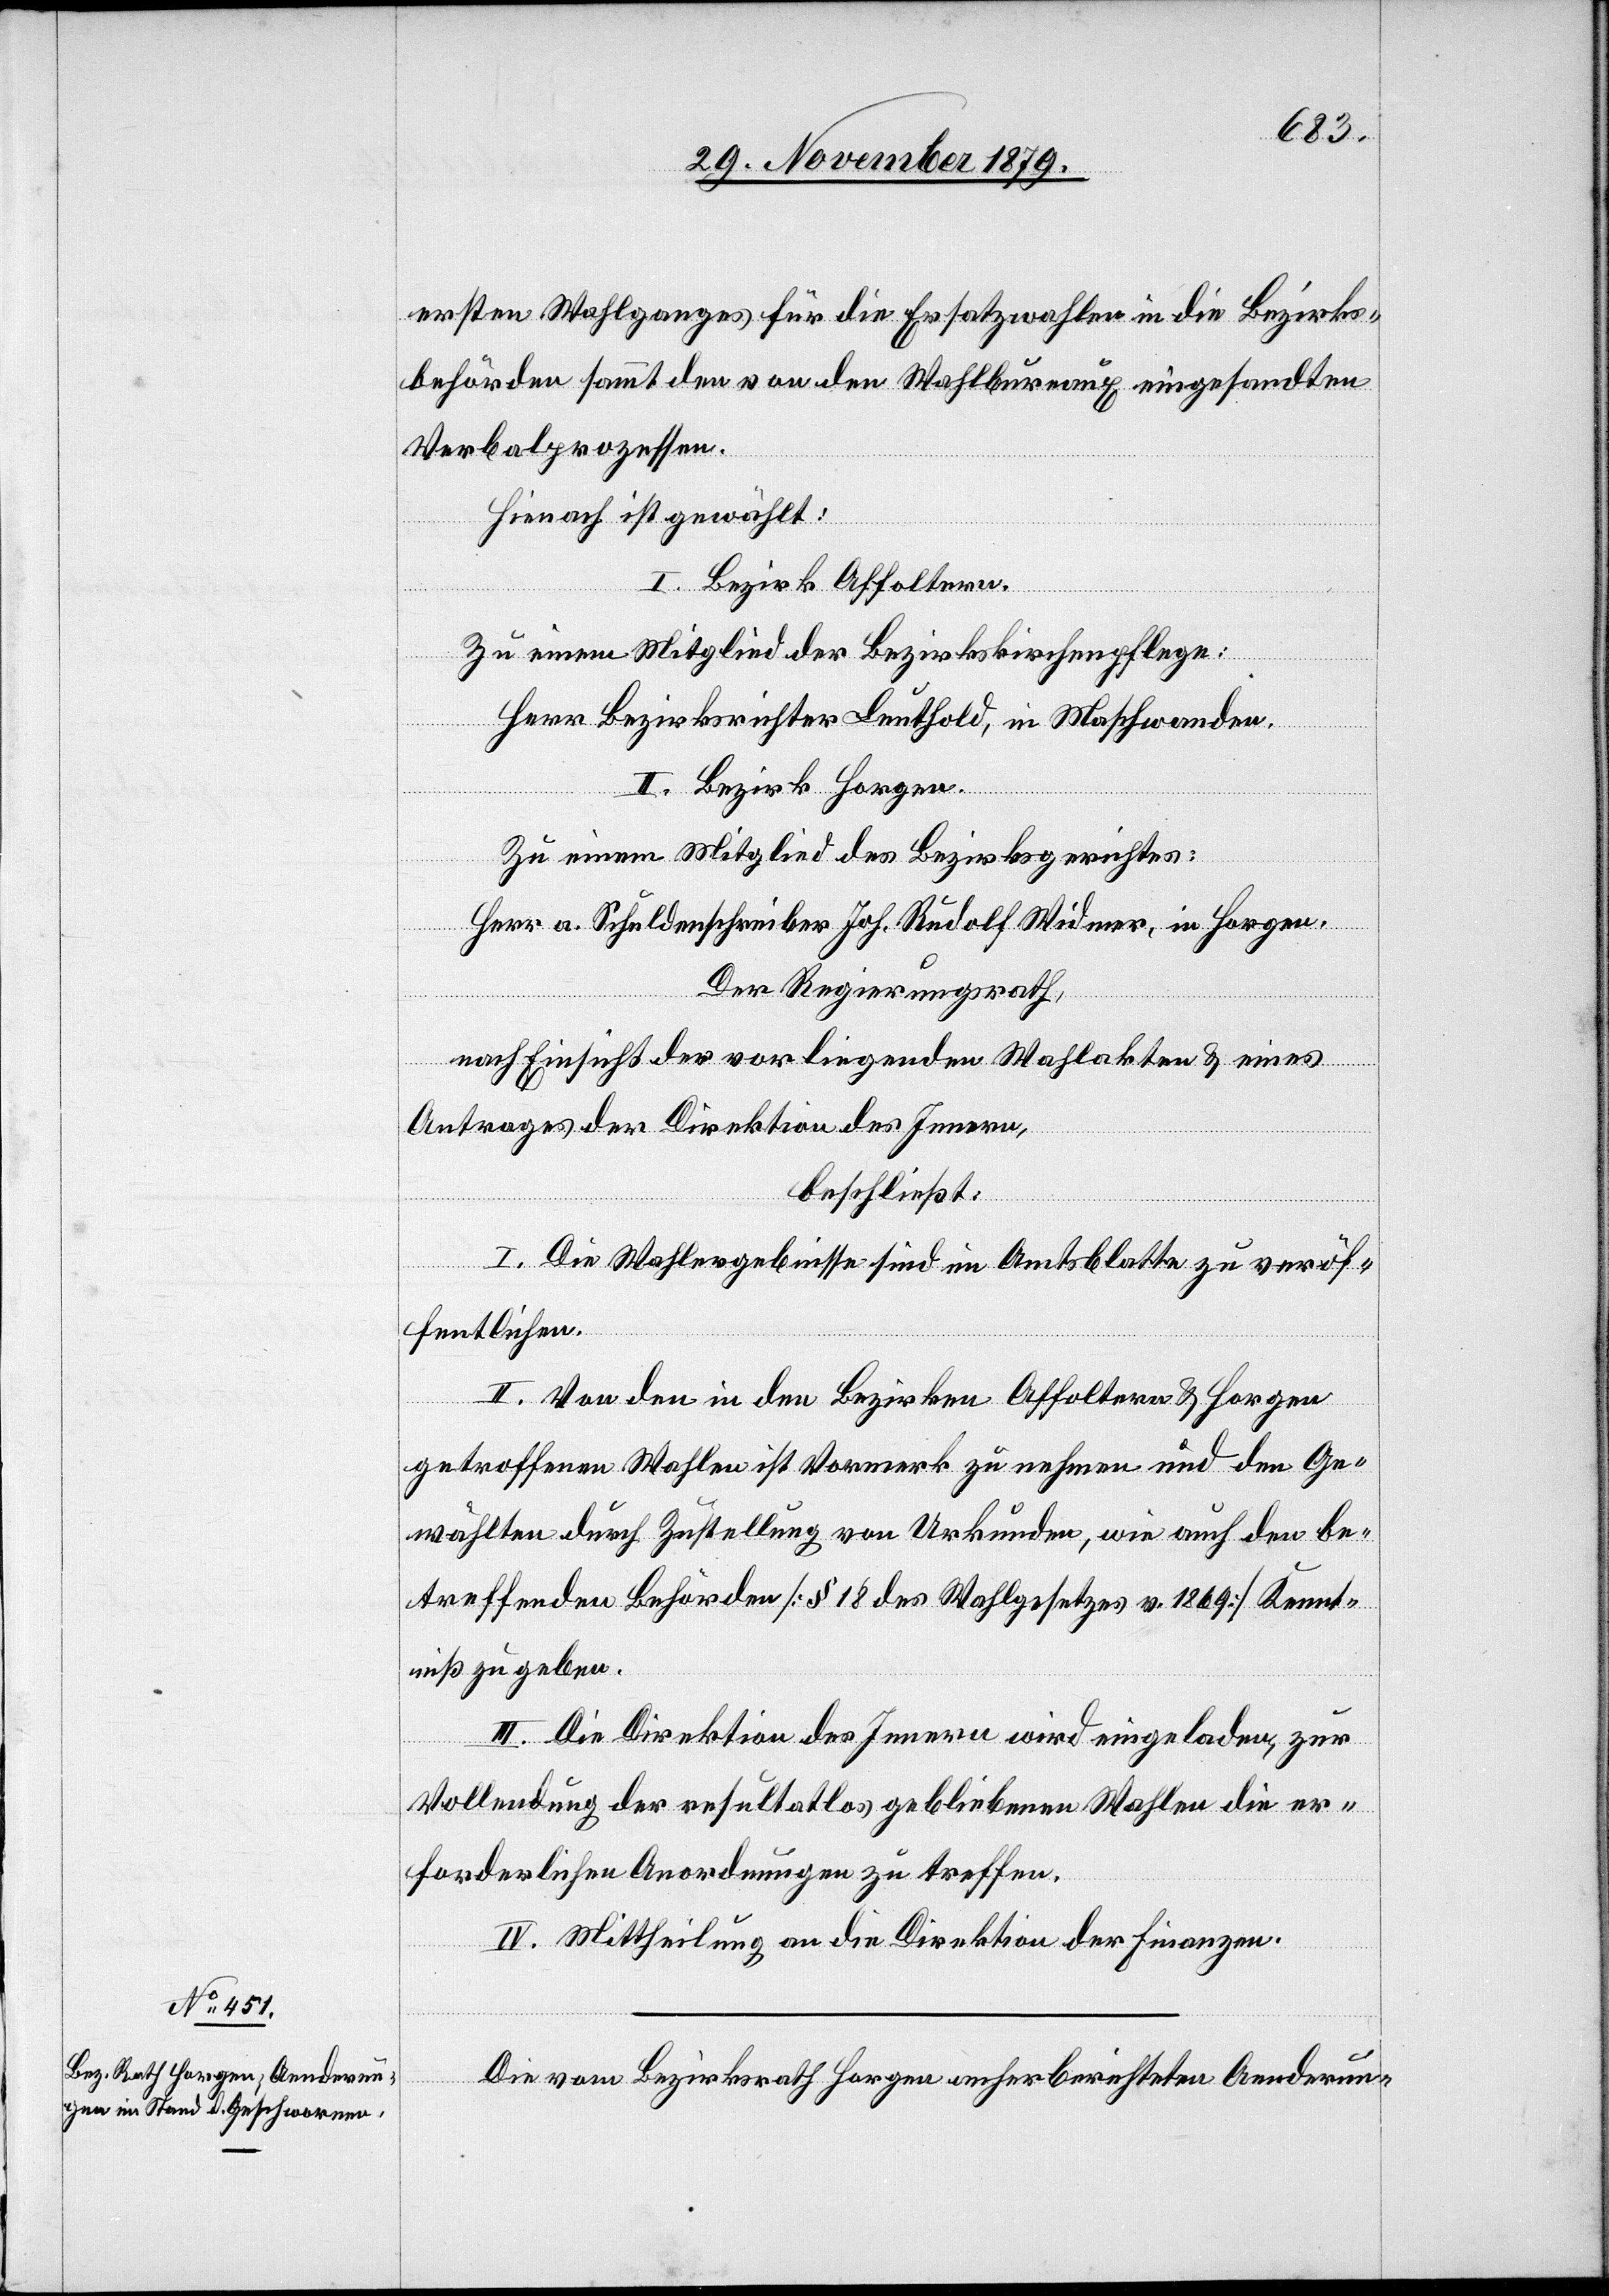
3. December 1879.]
ersten Wahlganges für die Ersatzwahlen in die Bezirks¬
behörden sammt den von den Wahlbureaux eingesandten
Verbalprozessen.
Hienach ist gewählt:
I. Bezirk Affoltern.
Zu einem Mitglied der Bezirkskirchenpflege:
Herr Bezirksrichter Leuthold, in Maschwanden.
II. Bezirk Horgen.
Zu einem Mitglied des Bezirksgerichtes:
Herr a. Schuldenschreiber Joh. Rudolf Widmer, in Horgen.
Der Regierungsrath,
nach Einsicht der vorliegenden Wahlakten & eines
Antrages der Direktion des Innern,
beschließt:
I. Die Wahlergebnisse sind im Amtsblatte zu veröf¬
fentlichen.
II. Von den in den Bezirken Affoltern & Horgen
getroffenen Wahlen ist Vormerk zu nehmen und den Ge¬
wählten durch Zustellung von Urkunden wie auch den be¬
treffenden Behörden [§ 18 des Wahlgesetzes v. 1869] Kennt¬
niß zu geben.
III. Die Direktion des Innern wird eingeladen, zur
Vollendung der resultatlos gebliebenen Wahlen die er¬
forderlichen Anordnungen zu treffen.
IV. Mittheilung an die Direktion der Finanzen.
Die vom Bezirksrath Horgen anherberichteten Aenderung-